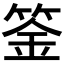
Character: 𥯀